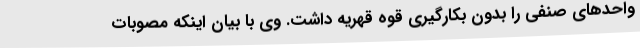
واحدهای صنفی را بدون بکارگیری قوه قهریه داشت. وی با بیان اینکه مصوبات